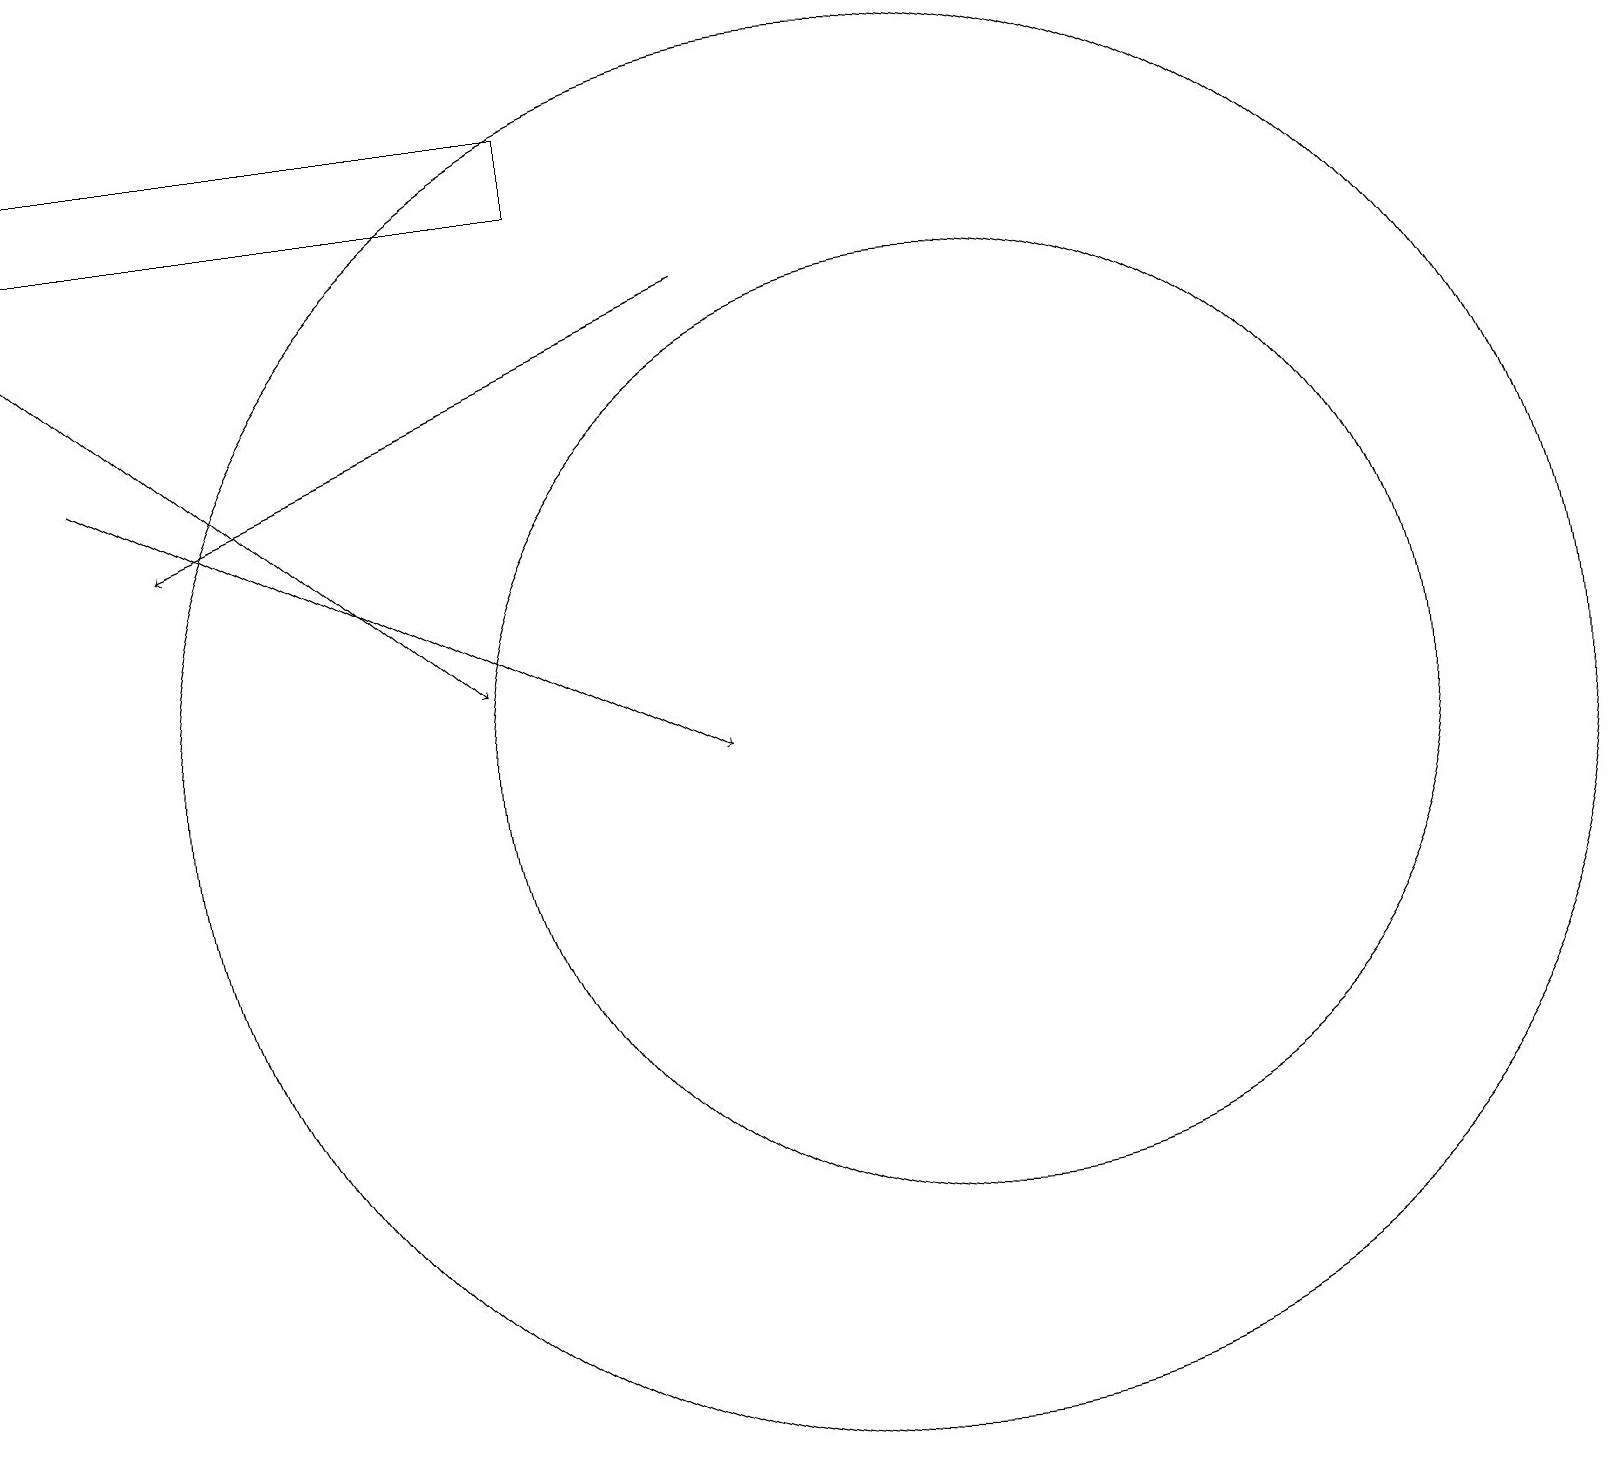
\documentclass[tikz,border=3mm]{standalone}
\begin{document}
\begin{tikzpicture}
\draw (11,11) circle (9);
\draw[->] (1,15) -- (9,11);
\draw (12,11) circle (6);
\draw[->] (0,17) -- (6,12);
\draw[->] (9,17) -- (2,14);
\draw (7,19) rectangle (0,18);
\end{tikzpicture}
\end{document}